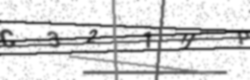
Text: C321UP